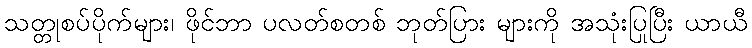
သတ္တုစပ်ပိုက်များ၊ ဖိုင်ဘာ ပလတ်စတစ် ဘုတ်ပြား များကို အသုံးပြုပြီး ယာယီ